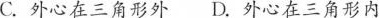
C.外心在三角形外D.外心在三角形内